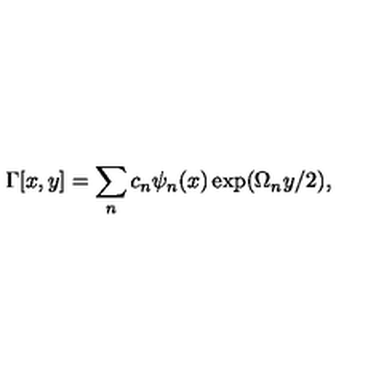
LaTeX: \Gamma [ x , y ] = \sum _ { n } c _ { n } \psi _ { n } ( x ) \exp ( \Omega _ { n } y / 2 ) ,